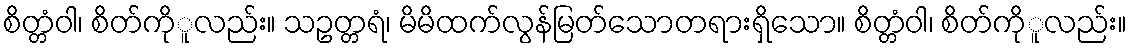
စိတ္တံဝါ၊ စိတ်ကိုူလည်း။ သဥတ္တရံ၊ မိမိထက်လွန်မြတ်သောတရားရှိသော။ စိတ္တံဝါ၊ စိတ်ကိုူလည်း။